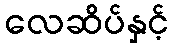
လေဆိပ်နှင့်